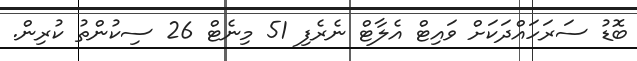
ބޮޑު ސަރަހައްދަކަށް ވައިޓް އެލާޓް ނެރެފި 51 މިނެޓް 26 ސިކުންތު ކުރިން.